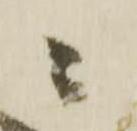
ニ